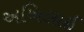
અખિલાઈ